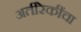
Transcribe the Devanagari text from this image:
अतीरेकींचा